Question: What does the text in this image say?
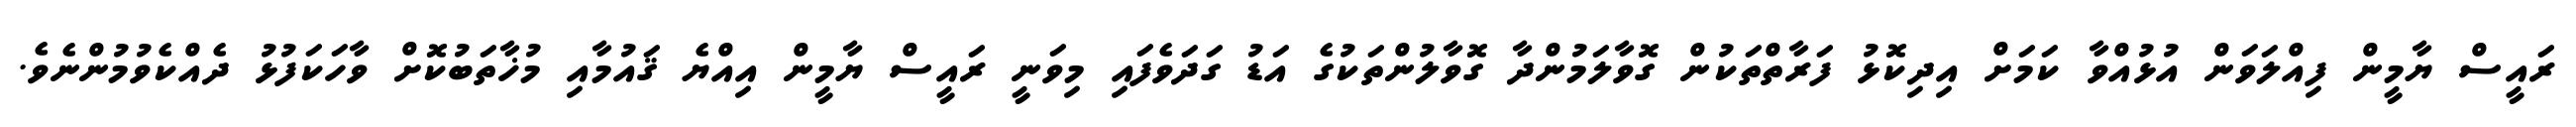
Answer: ރައީސް ޔާމީން ފިއްލަވަން އުޅުއްވާ ކަމަށް އިދިކޮޅު ފަރާތްތަކުން ގޮވާލަމުންދާ ގޮވާލުންތަކުގެ އަޑު ގަދަވެފައި މިވަނީ ރައީސް ޔާމީން އިއްޔެ ޤައުމާއި މުޚާތަބުކޮށް ވާހަކަފުޅު ދެއްކެވުމުންނެވެ.